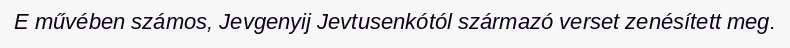
E művében számos, Jevgenyij Jevtusenkótól származó verset zenésített meg.